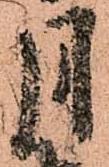
月